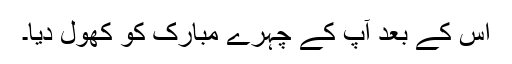
اس کے بعد آپ کے چہرے مبارک کو کھول دیا۔